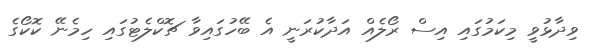
ވިދާޅުވީ މިކަމުގައި އިސް ރޯލެއް އަދާކުރަނީ އެ ބޭހުގައިވާ ޗޮކްލެޓުގައި ހިމެނޭ ކޮކޯގެ